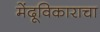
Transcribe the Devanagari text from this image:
मेंदूविकाराचा